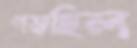
পড়ছিল